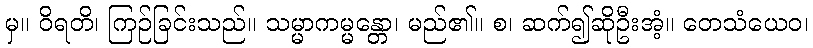
မှ။ ဝိရတိ၊ ကြဉ်ခြင်းသည်။ သမ္မာကမ္မန္တော၊ မည်၏။ စ၊ ဆက်၍ဆိုဦးအံ့။ တေသံယေဝ၊